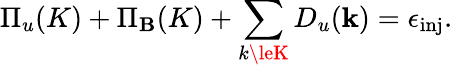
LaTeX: \Pi_{u}(K)+\Pi_{\mathbf{B}}(K)+\sum_{k\leK}D_{u}({\mathbf{k}})=\epsilon_{\mathrm{{inj}}}.